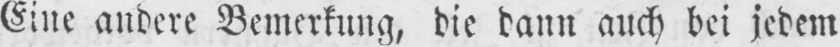
Eine andere Bemerkung, die dann auch bei jedem